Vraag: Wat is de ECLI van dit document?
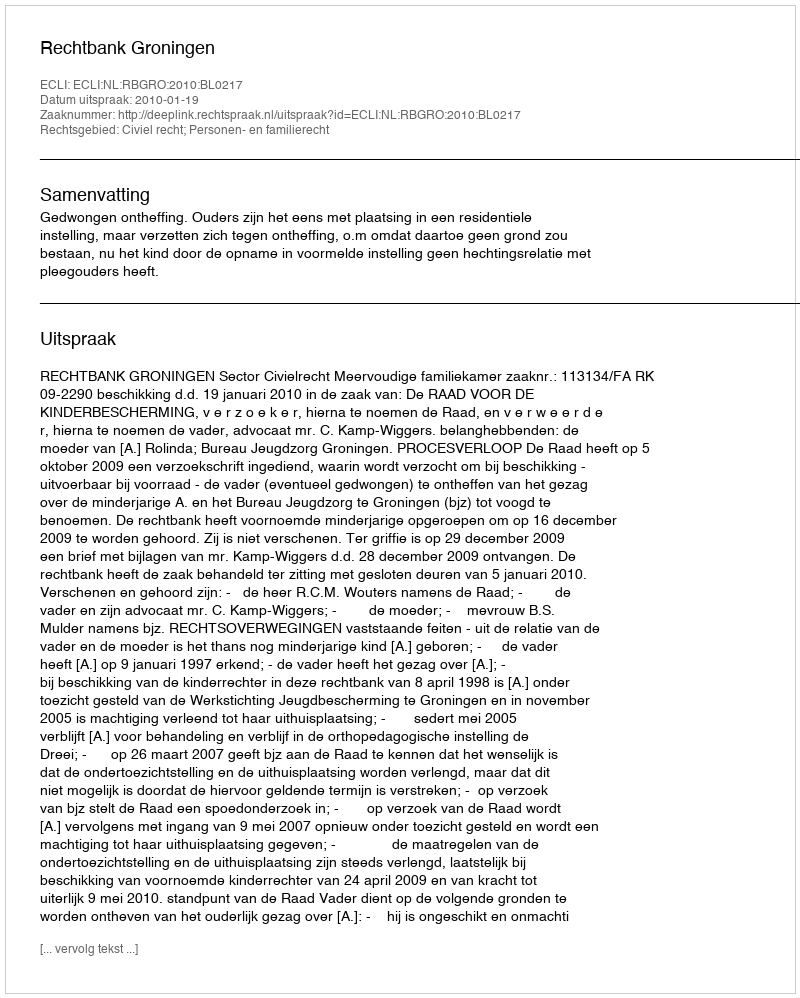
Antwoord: ECLI:NL:RBGRO:2010:BL0217